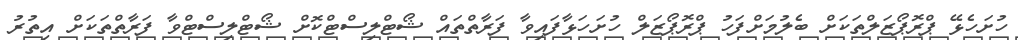
ހުށަހެޅޭ ޕްރޮޕޯޒަލްތަކަށް ބެލުމަށްފަހު ޕްރޮޕޯޒަލް ހުށަހަޅާފައިވާ ފަރާތްތައް ޝޯޓްލިސްޓްކޮށް ޝޯޓްލިސްޓްވާ ފަރާތްތަކަށް އިތުރު